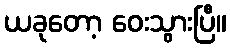
ယခုတော့ ဝေးသွားပြီ။